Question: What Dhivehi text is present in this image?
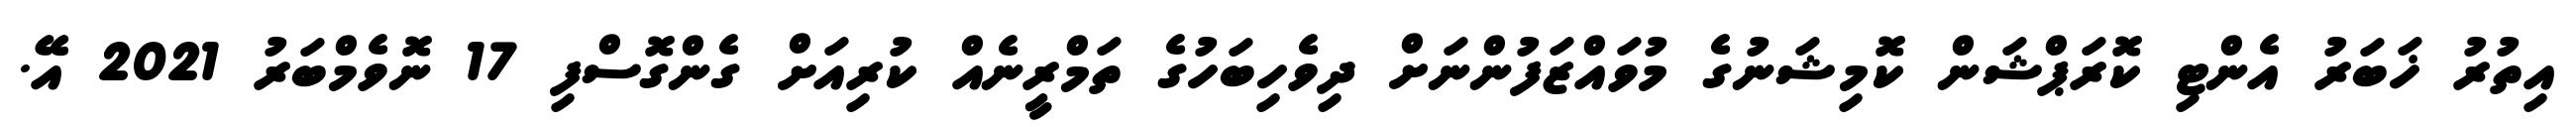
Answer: އިތުރު ޚަބަރު އެންޓި ކޮރަޕްޝަން ކޮމިޝަނުގެ މުވައްޒަފުންނަށް ދިވެހިބަހުގެ ތަމްރީނެއް ކުރިއަށް ގެންގޮސްފި 17 ނޮވެމްބަރު 2021 އޭ.